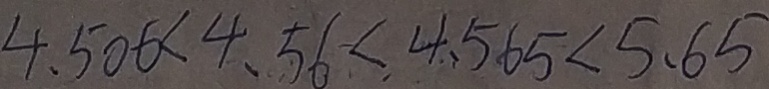
4 . 5 0 6 < 4 . 5 6 < 4 . 5 6 5 < 5 . 6 5